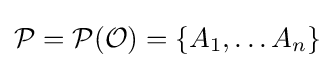
{\mathcal {P}}={\mathcal {P}}({\mathcal {O}})=\{A_{1},\ldots A_{n}\}